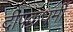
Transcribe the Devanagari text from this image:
दीपकधर्मी